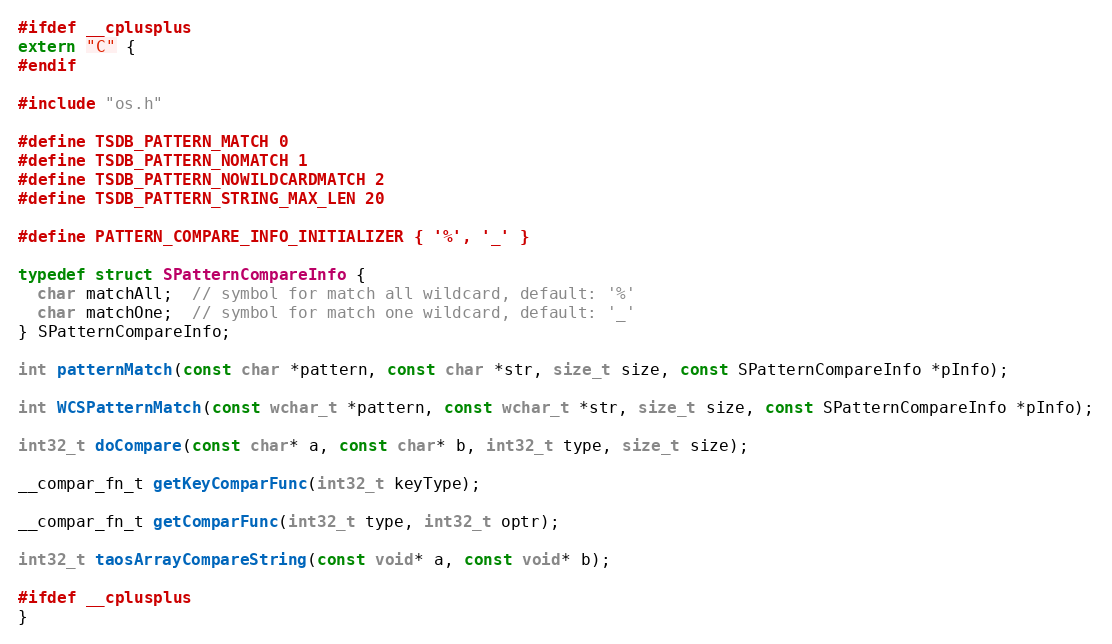
Language: C
#ifdef __cplusplus
extern "C" {
#endif

#include "os.h"

#define TSDB_PATTERN_MATCH 0
#define TSDB_PATTERN_NOMATCH 1
#define TSDB_PATTERN_NOWILDCARDMATCH 2
#define TSDB_PATTERN_STRING_MAX_LEN 20

#define PATTERN_COMPARE_INFO_INITIALIZER { '%', '_' }

typedef struct SPatternCompareInfo {
  char matchAll;  // symbol for match all wildcard, default: '%'
  char matchOne;  // symbol for match one wildcard, default: '_'
} SPatternCompareInfo;

int patternMatch(const char *pattern, const char *str, size_t size, const SPatternCompareInfo *pInfo);

int WCSPatternMatch(const wchar_t *pattern, const wchar_t *str, size_t size, const SPatternCompareInfo *pInfo);

int32_t doCompare(const char* a, const char* b, int32_t type, size_t size);

__compar_fn_t getKeyComparFunc(int32_t keyType);

__compar_fn_t getComparFunc(int32_t type, int32_t optr);

int32_t taosArrayCompareString(const void* a, const void* b);

#ifdef __cplusplus
}